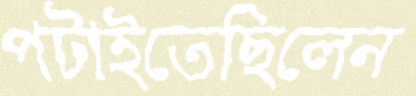
পটাইতেছিলেন